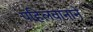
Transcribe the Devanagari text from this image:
पहिलवानाने